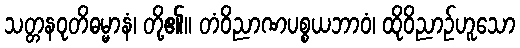
သတ္တနဝုတိဓမ္မာနံ၊ တို့၏။ တံဝိညာဏပစ္စယဘာဝံ၊ ထိုဝိညာဉ်ဟူသော